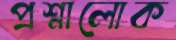
প্রশ্নালোক